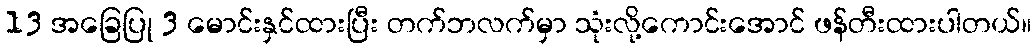
13 အခြေပြု 3 မောင်းနှင်ထားပြီး တက်ဘလက်မှာ သုံးလို့ကောင်းအောင် ဖန်တီးထားပါတယ်။